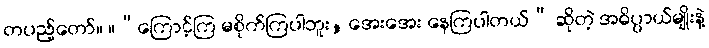
တပည့်တော်။ ။“ကြောင့်ကြ မစိုက်ကြပါဘူး, အေးအေး နေကြပါတယ်” ဆိုတဲ့ အဓိပ္ပာယ်မျိုးနဲ့